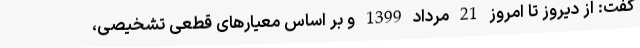
گفت: از دیروز تا امروز 21 مرداد 1399 و بر اساس معیارهای قطعی تشخیصی،